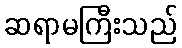
ဆရာမကြီးသည်